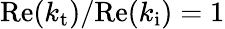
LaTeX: \mathrm{Re}(k_{\mathrm{t}})/\mathrm{Re}(k_{\mathrm{i}})=1